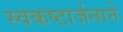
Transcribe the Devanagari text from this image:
स्वकष्टार्जनाने